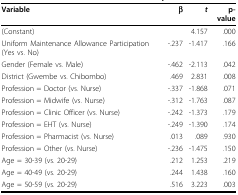
<table><thead><tr><td><b>Variable</b></td><td><b>β</b></td><td><b><i>t</i></b></td><td><b>p-value</b></td></tr></thead><tbody><tr><td>(Constant)</td><td></td><td>4.157</td><td>.000</td></tr><tr><td>Uniform Maintenance Allowance Participation (Yes vs. No)</td><td>-.237</td><td>-1.417</td><td>.166</td></tr><tr><td>Gender (Female vs. Male)</td><td>-.462</td><td>-2.113</td><td>.042</td></tr><tr><td>District (Gwembe vs. Chibombo)</td><td>.469</td><td>2.831</td><td>.008</td></tr><tr><td>Profession = Doctor (vs. Nurse)</td><td>-.337</td><td>-1.868</td><td>.071</td></tr><tr><td>Profession = Midwife (vs. Nurse)</td><td>-.312</td><td>-1.763</td><td>.087</td></tr><tr><td>Profession = Clinic Officer (vs. Nurse)</td><td>-.242</td><td>-1.373</td><td>.179</td></tr><tr><td>Profession = EHT (vs. Nurse)</td><td>-.249</td><td>-1.390</td><td>.174</td></tr><tr><td>Profession = Pharmacist (vs. Nurse)</td><td>.013</td><td>.089</td><td>.930</td></tr><tr><td>Profession = Other (vs. Nurse)</td><td>-.236</td><td>-1.475</td><td>.150</td></tr><tr><td>Age = 30-39 (vs. 20-29)</td><td>.212</td><td>1.253</td><td>.219</td></tr><tr><td>Age = 40-49 (vs. 20-29)</td><td>.244</td><td>1.438</td><td>.160</td></tr><tr><td>Age = 50-59 (vs. 20-29)</td><td>.516</td><td>3.223</td><td>.003</td></tr></tbody></table>